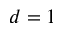
d = 1